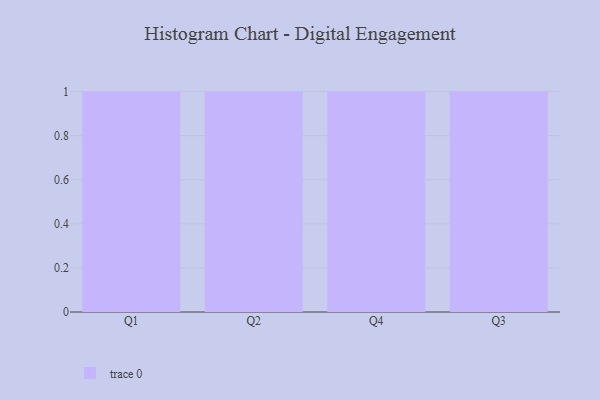
{"axis": {"x": "Quarter", "y": "Budget (USD K)"}, "legend": [""], "data": [{"x": "Q1", "y": 85, "type": ""}, {"x": "Q2", "y": 8, "type": ""}, {"x": "Q4", "y": 49, "type": ""}, {"x": "Q3", "y": 5, "type": ""}]}